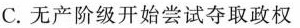
C.无产阶级开始尝试夺取政权